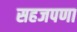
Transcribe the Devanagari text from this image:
सहजपणा